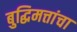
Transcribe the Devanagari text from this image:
बुद्धिमत्तांचा